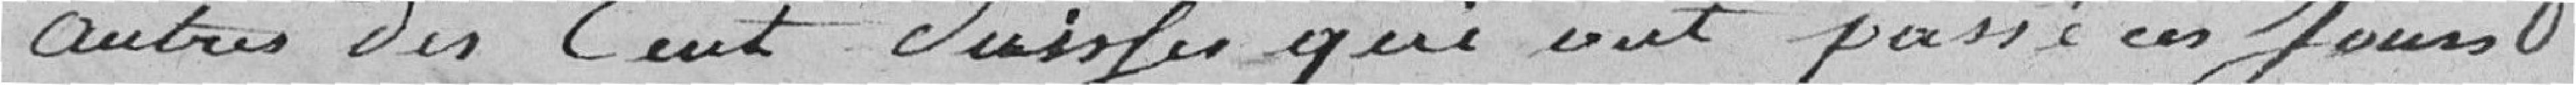
autres des cent Suisses qui ont passé ces jours